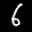
Label: 6